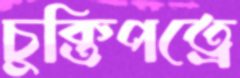
চুক্তিপত্রে